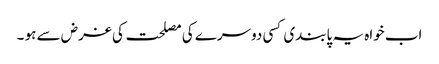
اب خواہ یہ پابندی کسی دوسرے کی مصلحت کی غرض سے ہو ۔